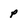
Character: p